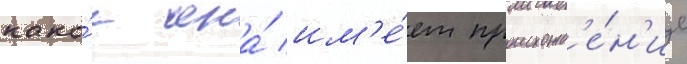
како́е она́ им'е́ет происхожд'е́н'ие